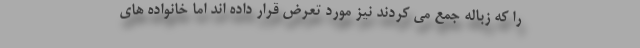
را که زباله جمع می کردند نیز مورد تعرض قرار داده اند اما خانواده های